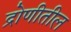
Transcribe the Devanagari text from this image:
द्रोणीतील